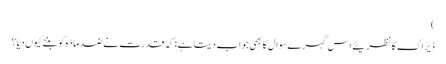
)
ڈیراک کا نظریئے اس گہرے سوال کا بھی جواب دیتا ہے : کہ قدرت نے ضد مادّہ کو بننے کیوں دیا؟